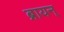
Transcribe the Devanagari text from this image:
ब्रायन्